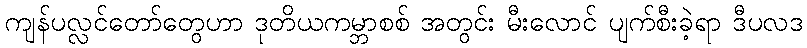
ကျန်ပလ္လင်တော်တွေဟာ ဒုတိယကမ္ဘာစစ် အတွင်း မီးလောင် ပျက်စီးခဲ့ရာ ဒီပလဒ